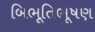
બિભૂતિભૂષણ